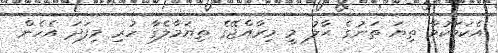
އެކަމަކުވާ ތިޔަ ތަނުގެ ޙާލު މީ މިރާއްޖޭގެ ތިޔަމާލެގާ ހުރި މިފަދަ އެހެން